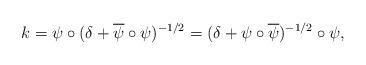
LaTeX: \begin{align*}k = \psi\circ(\delta+\overline\psi\circ\psi)^{-1/2} = (\delta + \psi\circ\overline{\psi})^{-1/2}\circ\psi,\end{align*}